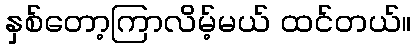
နှစ်တော့ကြာလိမ့်မယ် ထင်တယ်။